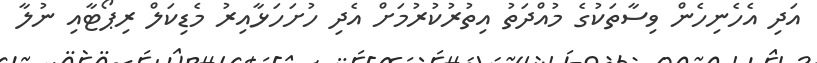
އަދި އެހެނިހެން ވިސާތަކުގެ މުއްދަތު އިތުރުކުރުމަށް އެދި ހުށަހަޅާއިރު މެޑިކަލް ރިޕޯޓާއި ނުލާ